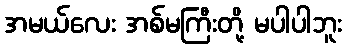
အမယ်လေး အစ်မကြီးတို့ မပါပါဘူး